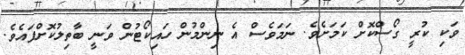
ވަކި ކުރީ ގޯސްކޮށް ކަމަށެވެ. ނަމަވެސް އެ ނިންމުން ހައިކޯޓުން ވަނީ ބާތިލުކޮށްފައެވެ.